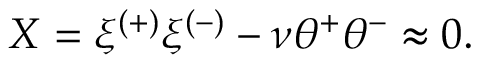
{ \cal X } = \xi ^ { ( + ) } \xi ^ { ( - ) } - \nu \theta ^ { + } \theta ^ { - } \approx 0 .